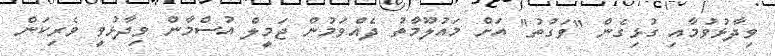
ވިދާޅުވުމާއި ގުޅިގެން "ވަގުތު" އަށް މައުލޫމާތު ދެއްވަމުން ޖަމީލް އުސްމާން ވިދާޅުވީ ވެރިކަން